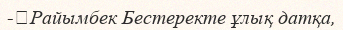
-	Райымбек Бестеректе ұлық датқа,